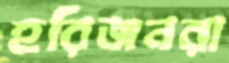
হরিজনরা